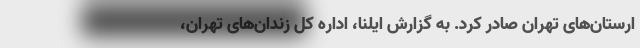
ارستان‌های تهران صادر کرد. به گزارش ایلنا، اداره کل زندان‌های تهران،